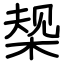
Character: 椝